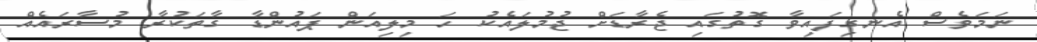
ނަމަވެސް އެނގިފައިވާ ގޮތުގައި ޖެރާޑަށް ޖުމުލައެކު ހަ މިލިއަން ޕައުންޑާ ގާތަކުރާ މުސާރައެއް